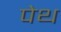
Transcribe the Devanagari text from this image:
पेथ